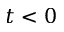
t < 0